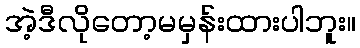
အဲ့ဒီလိုတော့မမှန်းထားပါဘူး။